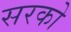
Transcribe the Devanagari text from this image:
सरको